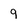
Character: 9